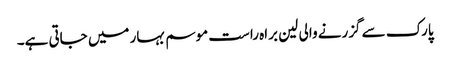
پارک سے گزرنے والی لین براہ راست موسم بہار میں جاتی ہے۔